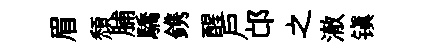
眉頽脯驕鎸醒户邙之澈镇